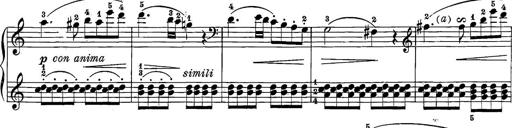
Title: 12 Sonatine per Pianoforte
Composer: Friedrich Kuhlau